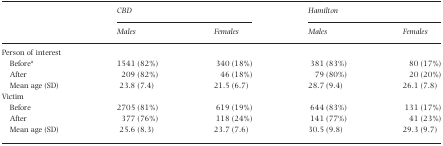
<table><thead><tr><td></td><td colspan="2"><b>CBD</b></td><td colspan="2"><b>Hamilton</b></td></tr><tr><td></td><td><b>Males</b></td><td><b>Females</b></td><td><b>Males</b></td><td><b>Females</b></td></tr></thead><tbody><tr><td>Person of interest</td><td></td><td></td><td></td><td></td></tr><tr><td> Beforea</td><td>1541 (82%)</td><td>340 (18%)</td><td>381 (83%)</td><td>80 (17%)</td></tr><tr><td> After</td><td>209 (82%)</td><td>46 (18%)</td><td>79 (80%)</td><td>20 (20%)</td></tr><tr><td> Mean age (SD)</td><td>23.8 (7.4)</td><td>21.5 (6.7)</td><td>28.7 (9.4)</td><td>26.1 (7.8)</td></tr><tr><td>Victim</td><td></td><td></td><td></td><td></td></tr><tr><td> Before</td><td>2705 (81%)</td><td>619 (19%)</td><td>644 (83%)</td><td>131 (17%)</td></tr><tr><td> After</td><td>377 (76%)</td><td>118 (24%)</td><td>141 (77%)</td><td>41 (23%)</td></tr><tr><td> Mean age (SD)</td><td>25.6 (8.3)</td><td>23.7 (7.6)</td><td>30.5 (9.8)</td><td>29.3 (9.7)</td></tr></tbody></table>